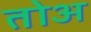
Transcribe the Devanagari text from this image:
तोअ